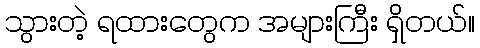
သွားတဲ့ ရထားတွေက အများကြီး ရှိတယ်။